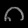
Digit: ၈